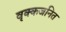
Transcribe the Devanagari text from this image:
वृक्कजनित